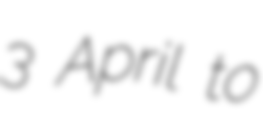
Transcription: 3 April to